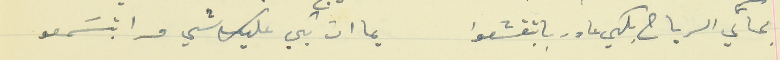
بحاكي الرياح بلكي عا دربا بتقشعوا                            يماات بلكي عليك شي مرا بتسَمعو